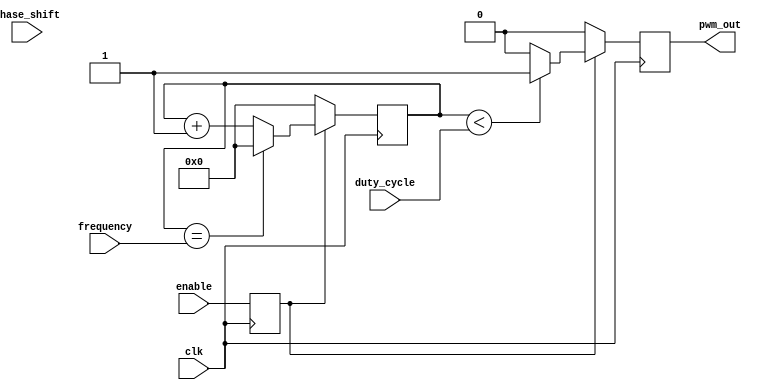
module PWM_Pulse_Generator(
    input enable,
    input [7:0] duty_cycle,
    input [15:0] frequency,
    input [7:0] phase_shift,
    input clk,
    output pwm_out
);

reg [7:0] count;
reg pwm_out_reg;
reg enable_reg;

always @(posedge clk) begin
    if(enable_reg) begin
        if(count < duty_cycle) begin
            pwm_out_reg <= 1;
        end else begin
            pwm_out_reg <= 0;
        end
        
        count <= count + 1;
        if(count == frequency) begin
            count <= 0;
        end
    end else begin
        pwm_out_reg <= 0;
        count <= 0;
    end
end

always @(posedge clk) begin
    enable_reg <= enable;
end

assign pwm_out = pwm_out_reg;

endmodule